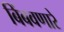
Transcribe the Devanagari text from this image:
बिंबवणारे